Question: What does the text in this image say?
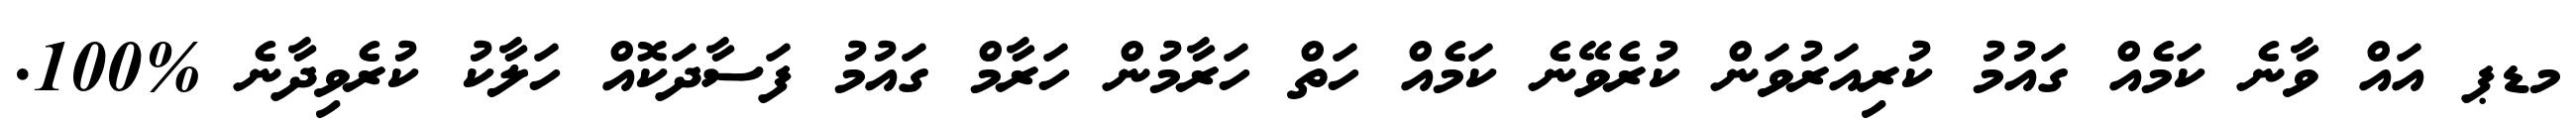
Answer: މޑޕ އައް ވާނެ ކަމެއް ގައުމު ކުރިއަރުވަން ކުރެވޭނެ ކަމެއް ހަތް ހަރާމުން ހަރާމް ގައުމު ފަސާދަކޮއް ހަލާކު ކުރެވިދާނެ %100.